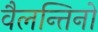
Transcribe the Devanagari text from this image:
वैलन्तिनो